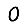
Digit: 0